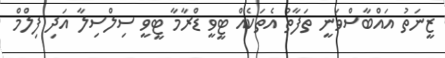
ޒީނަތު އައްބާސްވަނީ ތަފާތު އެތަކެއް ޓީވީ ޑްރާމާ ޓީވީ ސިލްސިލާ އަދި ފިލްމް